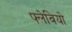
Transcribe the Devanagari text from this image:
फ्लेवियो